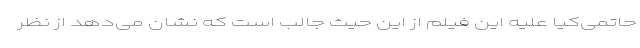
حاتمی‌کیا علیه این فیلم از این حیث جالب است که نشان می‌دهد از نظر